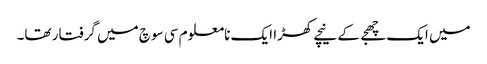
میں ایک چھجے کے نیچے کھڑا ایک نامعلوم سی سوچ میں گرفتار تھا۔